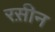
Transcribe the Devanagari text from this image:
रस़ीन